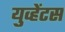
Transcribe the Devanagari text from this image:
युव्हेंटस